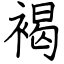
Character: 褐